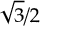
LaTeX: { \sqrt { 3 } } / 2